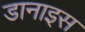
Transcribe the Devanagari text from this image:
डानाइस